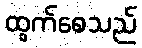
ထွက်စေသည်